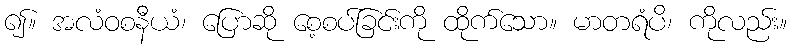
၍။ အလံဝစနီယံ၊ ပြောဆို စေ့စပ်ခြင်းကို ထိုက်သော။ မာတရံပိ၊ ကိုလည်း။